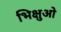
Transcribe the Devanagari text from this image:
भिक्षुओ